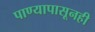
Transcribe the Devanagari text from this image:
पाण्यापासूनही